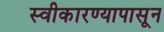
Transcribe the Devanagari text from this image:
स्वीकारण्यापासून